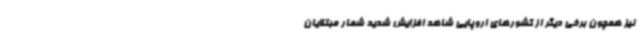
نیز همچون برخی دیگر از کشورهای اروپایی شاهد افزایش شدید شمار مبتلایان